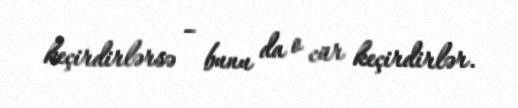
keçirdirlərsə – bunu da o cür keçirdirlər.